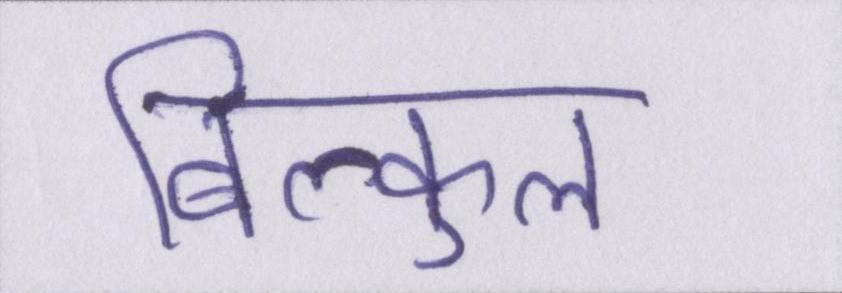
बिल्कुल